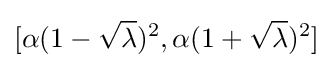
[\alpha (1-{\sqrt {\lambda }})^{2},\alpha (1+{\sqrt {\lambda }})^{2}]